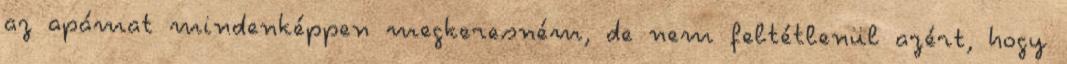
az apámat mindenképpen megkeresném, de nem feltétlenül azért, hogy